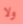
ولا